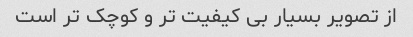
از تصویر بسیار بی کیفیت تر و کوچک تر است